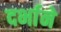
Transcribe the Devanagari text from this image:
दर्भाने